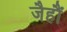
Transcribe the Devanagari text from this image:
जैहौं